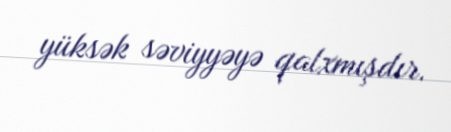
yüksək səviyyəyə qalxmışdır.